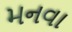
મનવા